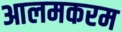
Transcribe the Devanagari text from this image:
आलमकरम